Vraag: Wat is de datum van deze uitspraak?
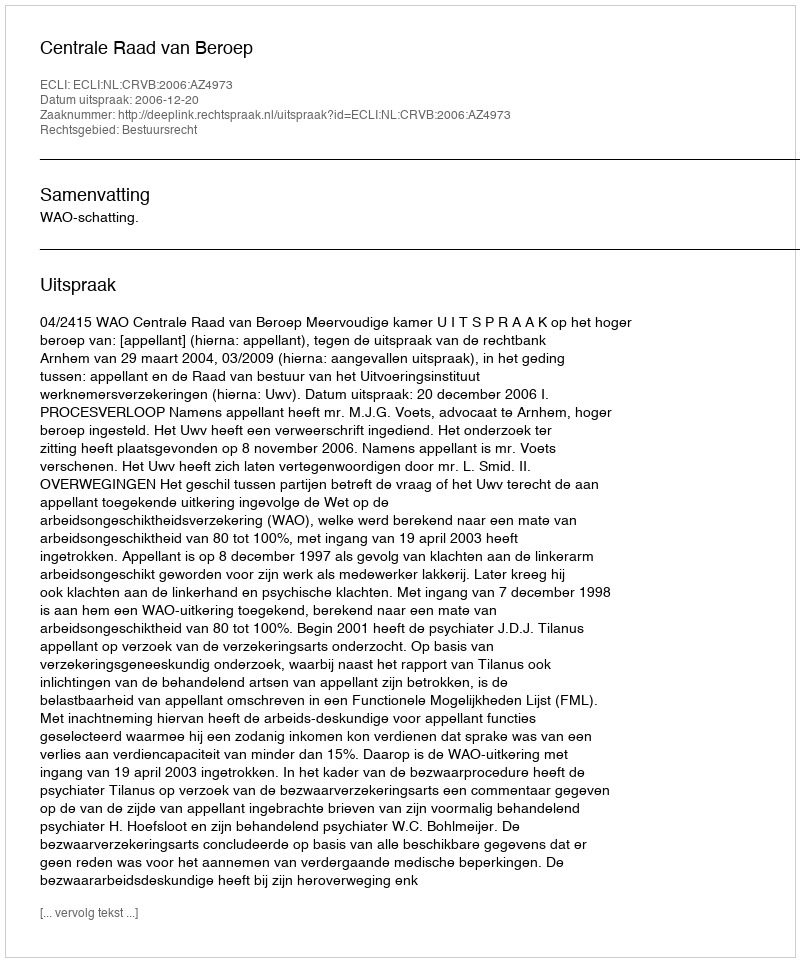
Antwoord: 2006-12-20